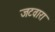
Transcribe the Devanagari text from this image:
जटवारा